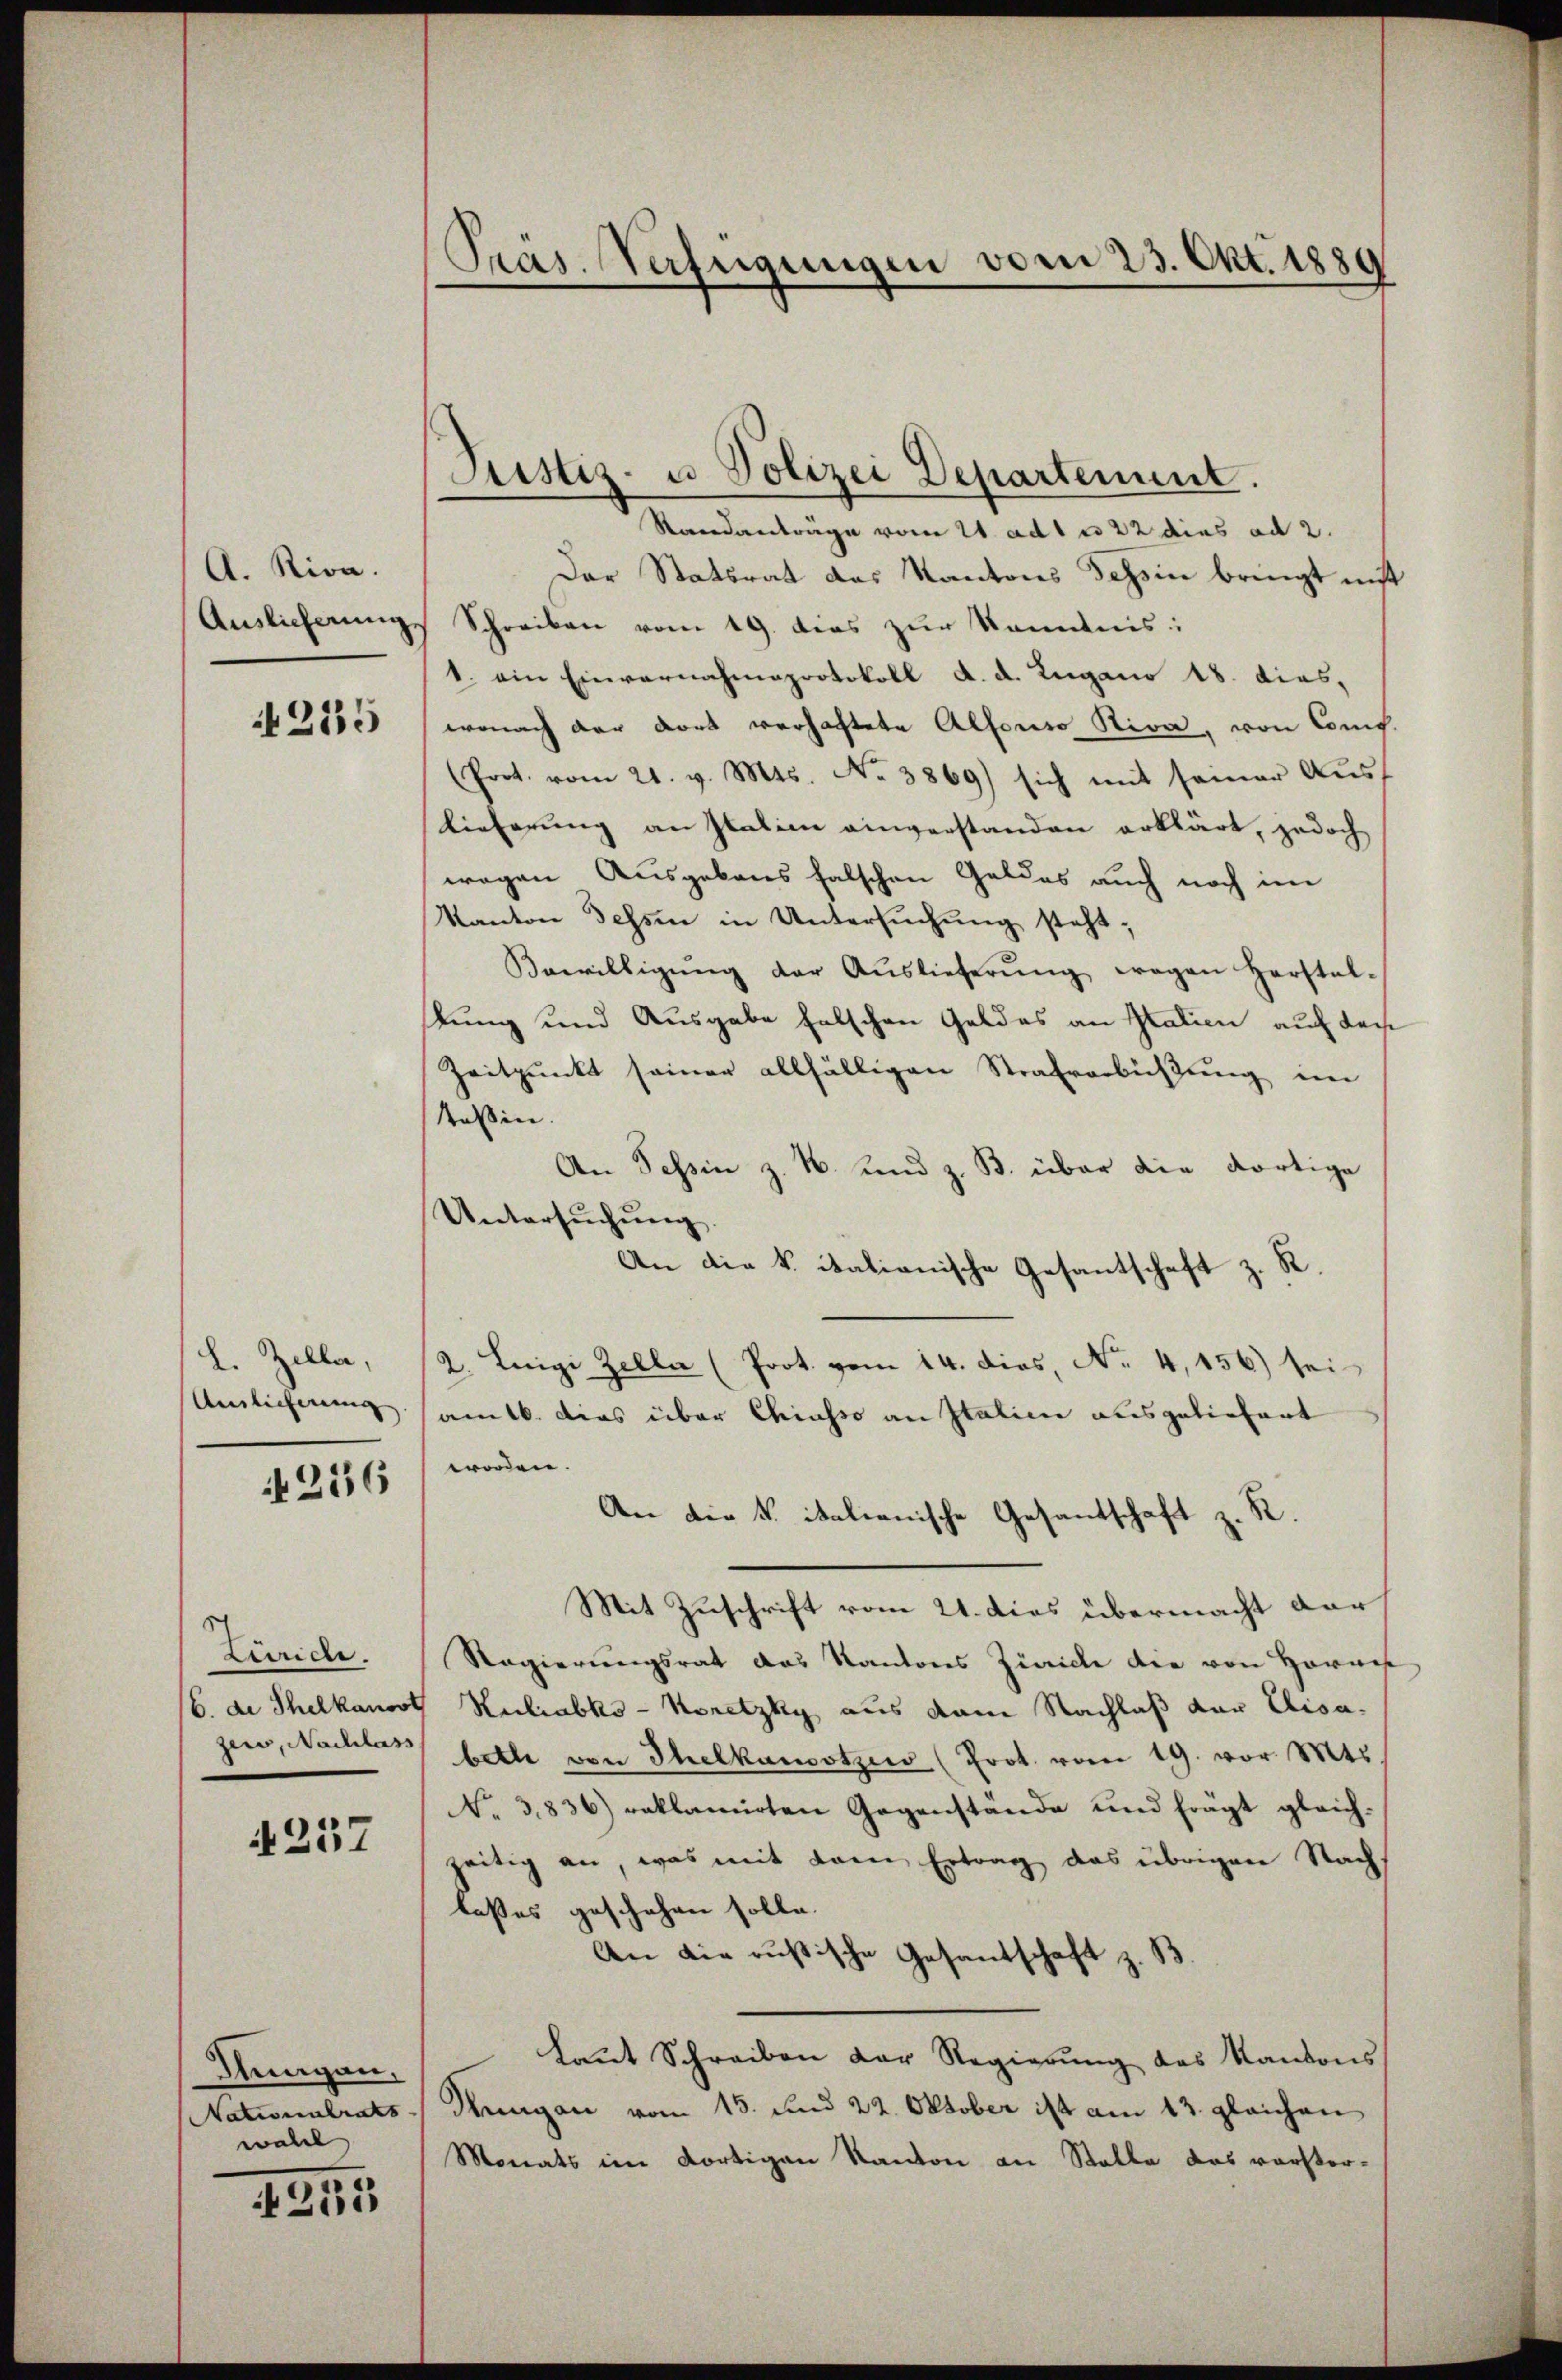
A. Rion.
Auslieferung.

215

L. Zella,
Auslieferung

236

Zeride.
b. de Thelkanos
zer, Nachlass

4257

Sungen,
Nationalrats
woll

4255

Pras. Verfügungen vom 23. Okt. 1889

Justiz- u. Polizei Departement.

Standanträge vom 21. ad 1 n 22 dies ad 2.
Der Statsrat das Kantons Tessin bringt nicht
Schreiben vom 19. dies zur Kenntnis:
1. ein Einvernahmeprotokoll d. d. Lugano 18. dies,
wonach der dort verhachtete Alfonso Stiva, von Comp.
(Port. vom 21. v. Mts. No. 3869) sich mit seiner Aŭs-
Lieferung an Statim einverstanden erklärt, jedoch
wegen Ausgebens falschen Geldes auch noch im
Kanton Tessin in Untersuchung steht;
Bewilligŭng der Aŭslieferŭng wegen Herstel-
stung und Ausgabe falschen Geldes an Italien auf das
Zeitpunkt seiner allfälligen Strafverbüßung im
taßin.
An Tessin z. B. und z. B. über die dortige
Untersŭchŭng.
An die k. italionische Gesantschaft z. R.
2. Leigi Zeller (Prot. vom 14. dies, No 4,156) sei
am 16. dies über Chiasso an Italien ausgeliefert
worden.
An die K. italienische Gesandschaft z. R.
Mit Zuschrift vom 21. dies übermacht darf
Regierungsrat das Kantons Zürich die von Hornes
Kuliabks - Koretzky aus vom Nachlaß der Elisabeth von Ihelkamotzes (Prot. vom 19. vor Mts.
No. 3836) reklamirten Gegenstande und frägt gleich-
seitig an, was mit kam Ertrag das übrigen Nachlaßes geschehen solle.
An die russische Gesandschaft z. B
laŭt Schreiben der Regierŭng des Kantons
Sungau vom 15. und 22. Oktober ist am 13. gleichen
Monats im dortigen Kanton an Stalle das vorster¬